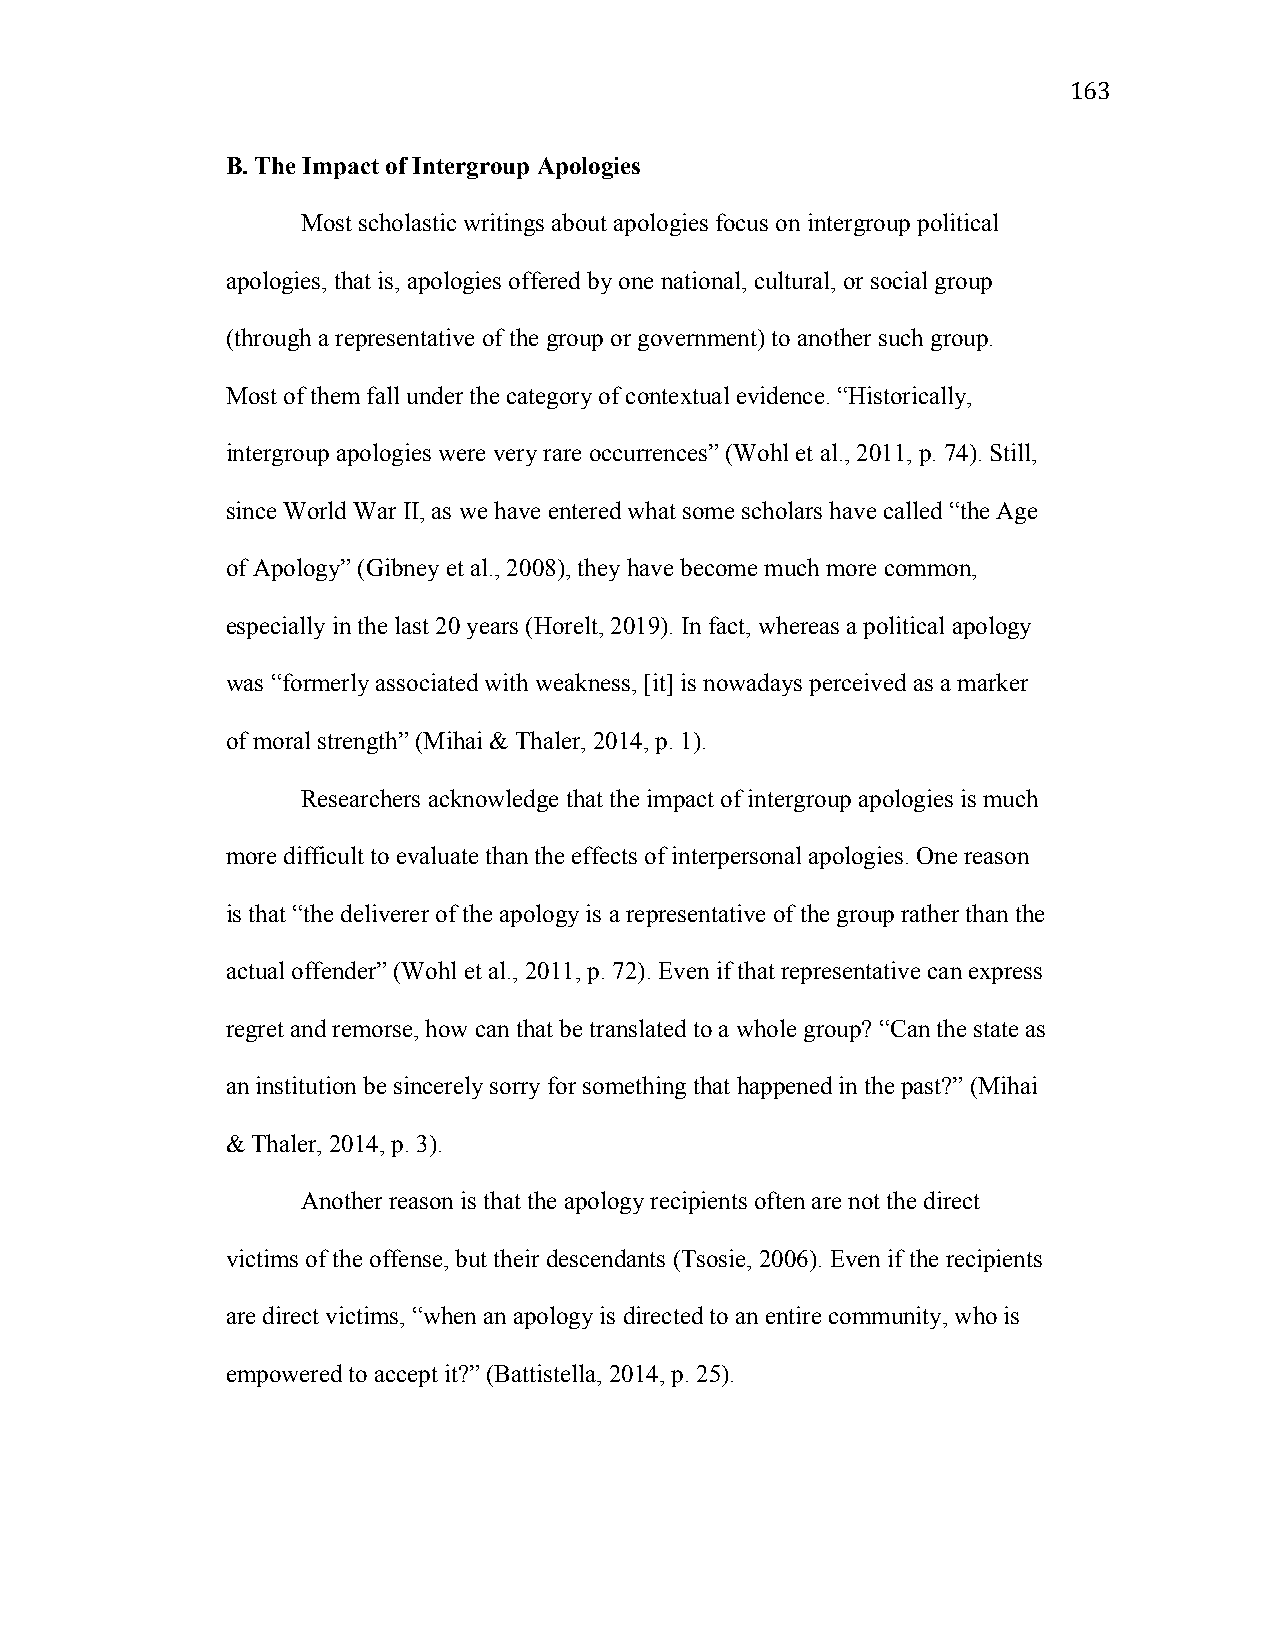
163
 B. The Impact of Intergroup Apologies
 Most scholastic writings about apologies focus on intergroup political
 apologies, that is, apologies offered by one national, cultural, or social group
 (through a representative of the group or government) to another such group.
 Most of them fall under the category of contextual evidence. “Historically,
 intergroup apologies were very rare occurrences” (Wohl et al., 2011, p. 74). Still,
 since World War II, as we have entered what some scholars have called “the Age
 of Apology” (Gibney et al., 2008), they have become much more common,
 especially in the last 20 years (Horelt, 2019). In fact, whereas a political apology
 was “formerly associated with weakness, [it] is nowadays perceived as a marker
 of moral strength” (Mihai & Thaler, 2014, p. 1).
 Researchers acknowledge that the impact of intergroup apologies is much
 more difficult to evaluate than the effects of interpersonal apologies. One reason
 is that “the deliverer of the apology is a representative of the group rather than the
 actual offender” (Wohl et al., 2011, p. 72). Even if that representative can express
 regret and remorse, how can that be translated to a whole group? “Can the state as
 an institution be sincerely sorry for something that happened in the past?” (Mihai
 & Thaler, 2014, p. 3).
 Another reason is that the apology recipients often are not the direct
 victims of the offense, but their descendants (Tsosie, 2006). Even if the recipients
 are direct victims, “when an apology is directed to an entire community, who is
 empowered to accept it?” (Battistella, 2014, p. 25).